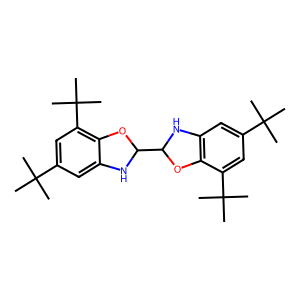
SMILES: CC(C)(C)c1cc2c(c(C(C)(C)C)c1)OC(C1Nc3cc(C(C)(C)C)cc(C(C)(C)C)c3O1)N2
Inhibits HIV replication: No